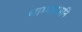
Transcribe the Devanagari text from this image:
धाग्यावरुनि